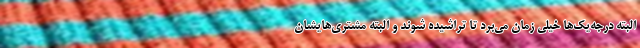
البته درجه‌یک‌ها خیلی زمان می‌برد تا تراشیده شوند و البته مشتری‌هایشان